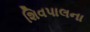
શિવપાલના